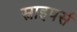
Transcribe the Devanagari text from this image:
स्नाइपर्स